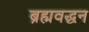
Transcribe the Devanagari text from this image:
ब्रह्मवद्धन